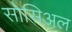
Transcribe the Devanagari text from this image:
सोसिअल